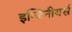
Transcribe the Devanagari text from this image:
इन्जिनीयर्स